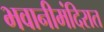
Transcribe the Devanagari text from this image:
भवानीमंदिरात